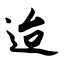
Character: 迨